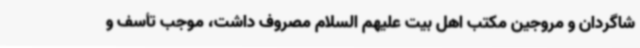
شاگردان و مروجین مکتب اهل بیت علیهم السلام مصروف داشت، موجب تأسف و